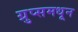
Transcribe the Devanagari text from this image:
ग्रुप्समधून